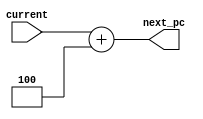
module Adder (current, next_pc);

	parameter step = 4;
	input [31:0] current;
	output wire [31:0] next_pc;

	assign next_pc = current + step;
	
endmodule